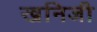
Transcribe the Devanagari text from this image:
खनिजी